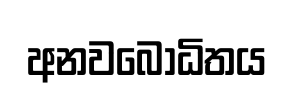
අනවබෝධිතය